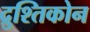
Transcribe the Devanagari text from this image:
द्रुश्तिकोन